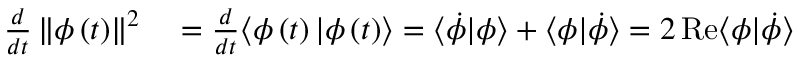
\begin{array} { r l } { \frac { d } { d t } \left\Vert \phi \left( t \right) \right\Vert ^ { 2 } } & { { } = \frac { d } { d t } \langle \phi \left( t \right) | \phi \left( t \right) \rangle = \langle \dot { \phi } | \phi \rangle + \langle \phi | \dot { \phi } \rangle = 2 \operatorname { R e } \langle \phi | \dot { \phi } \rangle } \end{array}